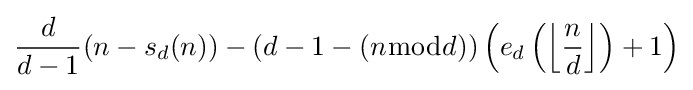
{\frac {d}{d-1}}(n-s_{d}(n))-(d-1-(n{\bmod {d}}))\left(e_{d}\left(\left\lfloor {\frac {n}{d}}\right\rfloor \right)+1\right)